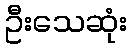
ဦးသေဆုံး